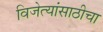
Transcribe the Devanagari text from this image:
विजेत्यांसाठीचा